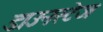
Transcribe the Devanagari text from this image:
डाउनस्टेज